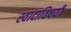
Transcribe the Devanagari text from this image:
स्वादाविषयीं